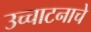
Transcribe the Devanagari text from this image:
उच्चाटनाचे